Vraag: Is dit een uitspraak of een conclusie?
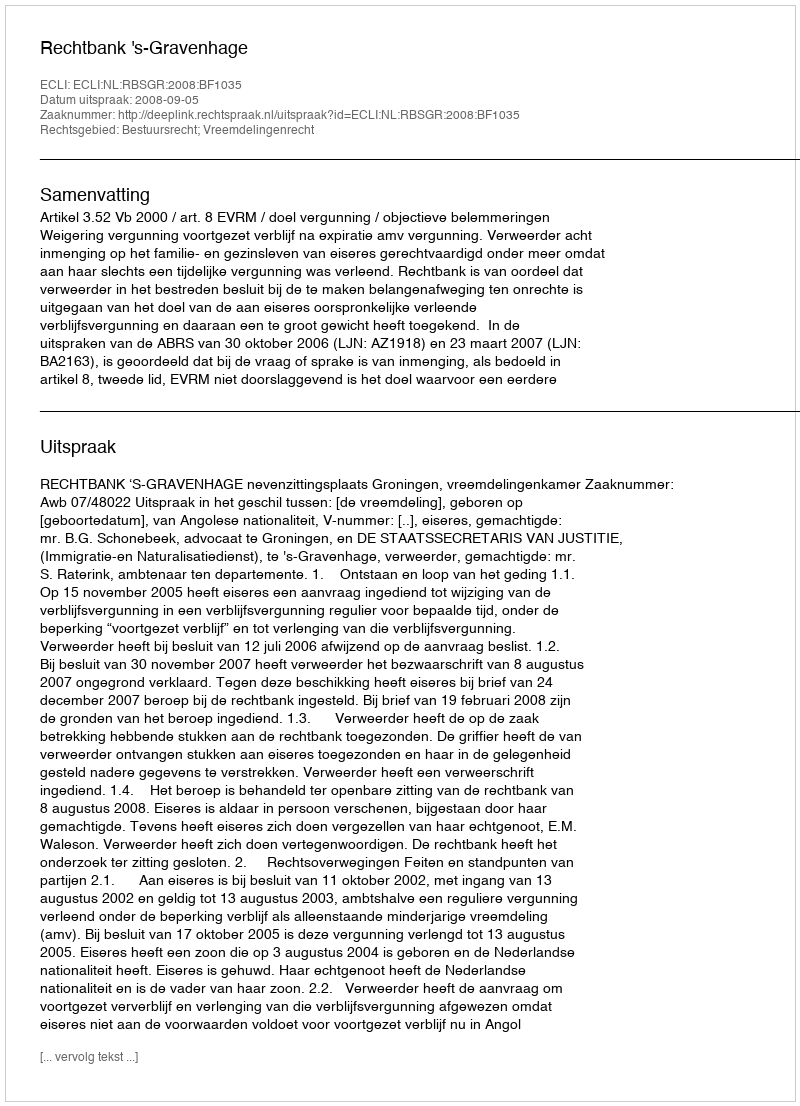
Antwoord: Uitspraak